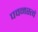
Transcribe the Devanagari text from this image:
पवनस्त्वं